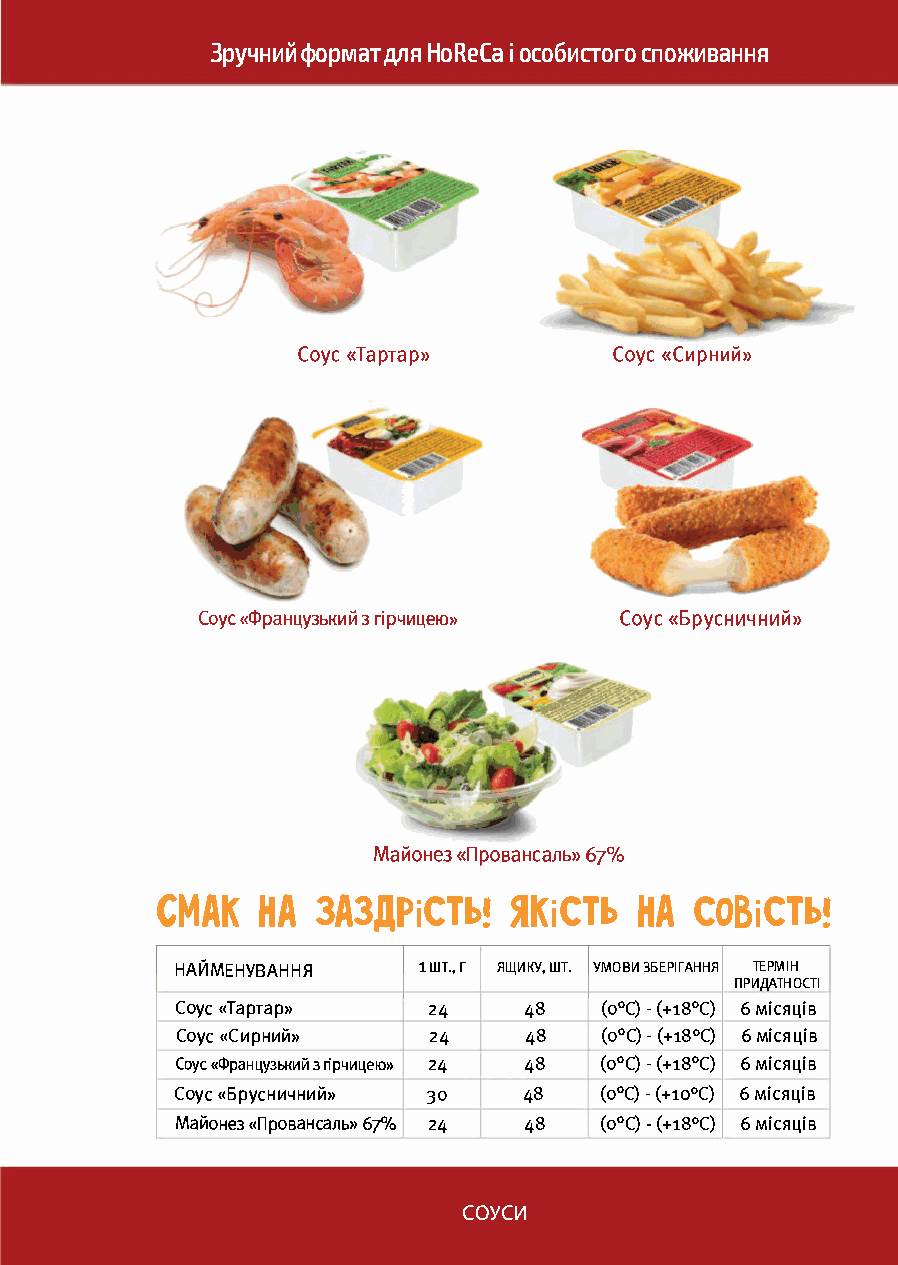
Зручний формат для HoReCa і особистого споживання
 Соус «Тартар»        Соус «Сирний»
 Соус «Французький з гірчицею» Соус «Брусничний»
 Майонез «Провансаль» 67%
 СМАК   НА  ЗАЗДРіСТЬ!   ЯКіСТЬ  НА  СО8іСТЬ!
 НАЙМЕНУВАННЯ    1 шт., Г ЯЩИКУ, ШТ. УМОВИ ЗБЕРІГАННЯ ТЕРМІН
 ПРИДАТНОСТІ
 Соус «Тартар»   24     48   (о0С) - (+18°С) 6 місяців
 Соус «Сирний»   24     48   (о0С) - (+18°С) 6 місяців
 Соус «Французький з гірчицею» 24 48 (о0С) - (+18°С) 6 місяців
 Соус «Брусничний» зо   48   (о0С) - (+10°С) 6 місяців
 Майонез «Провансаль» 67% 24 48 (о0С) - (+18°С) 6 місяців
 СОУСИ